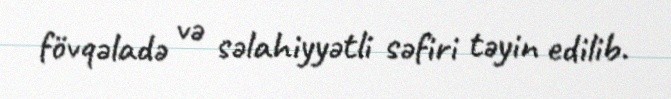
fövqəladə və səlahiyyətli səfiri təyin edilib.